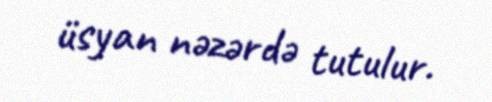
üsyan nəzərdə tutulur.